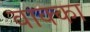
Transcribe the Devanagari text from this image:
वाक्का